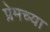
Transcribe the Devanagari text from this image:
प्रेमच्या